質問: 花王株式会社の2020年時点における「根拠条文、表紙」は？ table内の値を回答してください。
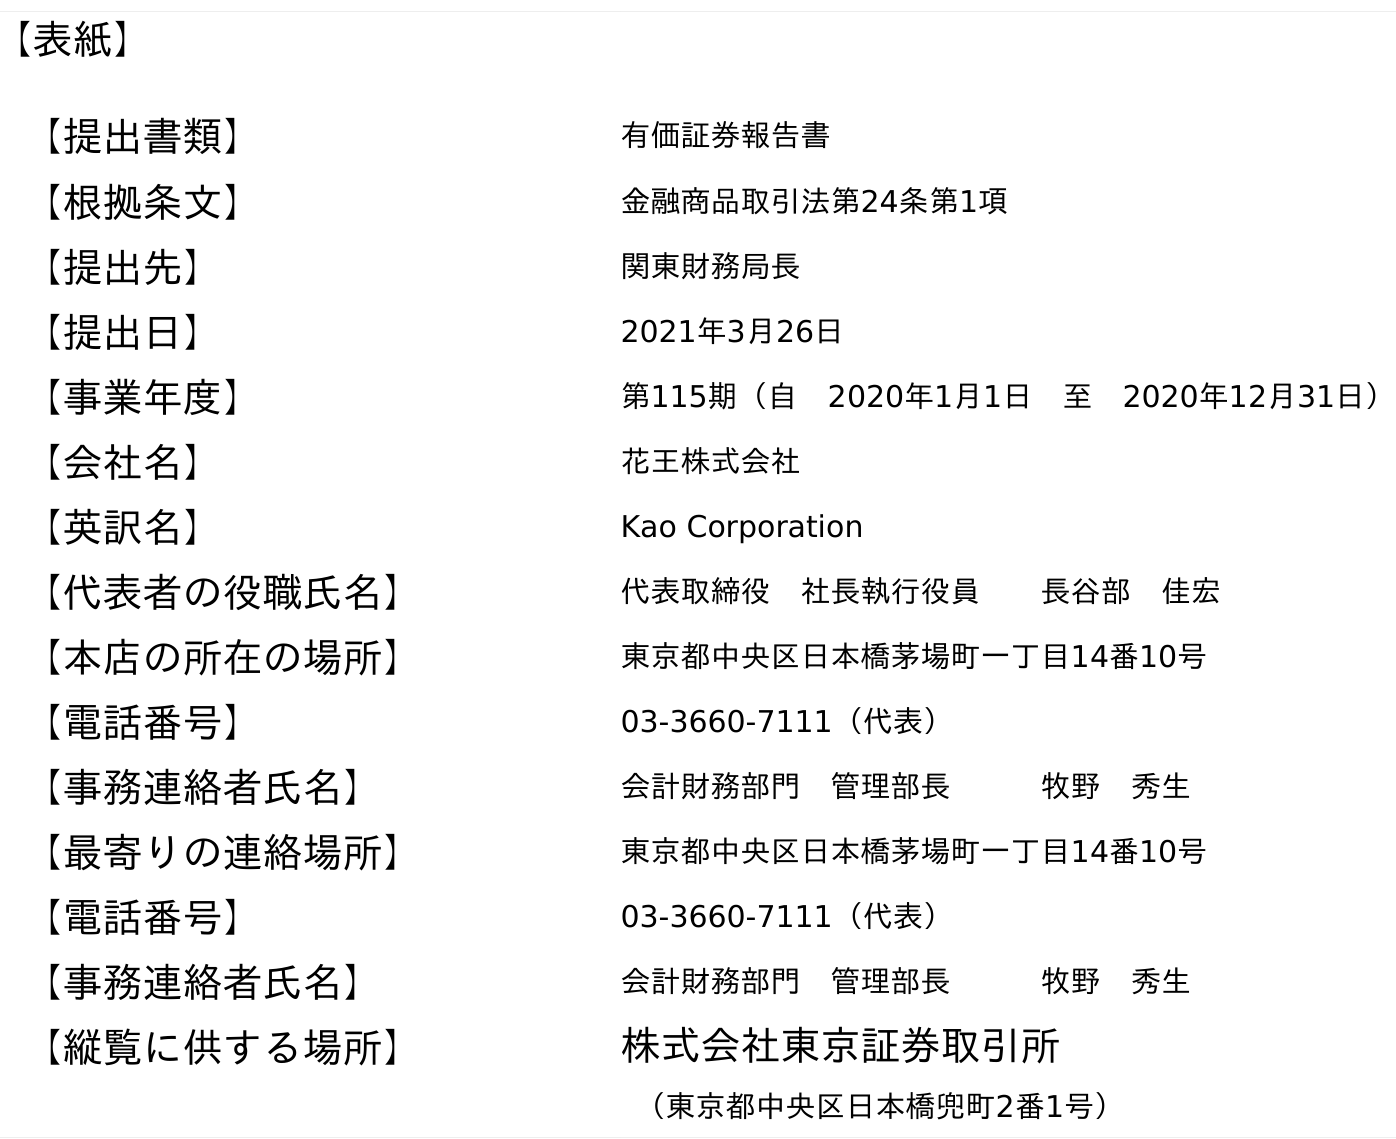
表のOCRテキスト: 【表紙】 【提出書類】 有価証券報告書 【根拠条文】 金融商品取引法第24条第1項 【提出先】 関東財務局長 【提出日】 2021年3月26日 【事業年度】 第115期（自 2020年1月1日 至 2020年12月31日） 【会社名】 花王株式会社 【英訳名】 Kao Corporation 【代表者の役職氏名】 代表取締役 社長執行役員  長谷部 佳宏 【本店の所在の場所】 東京都中央区日本橋茅場町一丁目14番10号 【電話番号】 03-3660-7111（代表） 【事務連絡者氏名】 会計財務部門 管理部長   牧野 秀生 【最寄りの連絡場所】 東京都中央区日本橋茅場町一丁目14番10号 【電話番号】 03-3660-7111（代表） 【事務連絡者氏名】 会計財務部門 管理部長   牧野 秀生 【縦覧に供する場所】 株式会社東京証券取引所 （東京都中央区日本橋兜町2番1号）
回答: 金融商品取引法第24条第1項